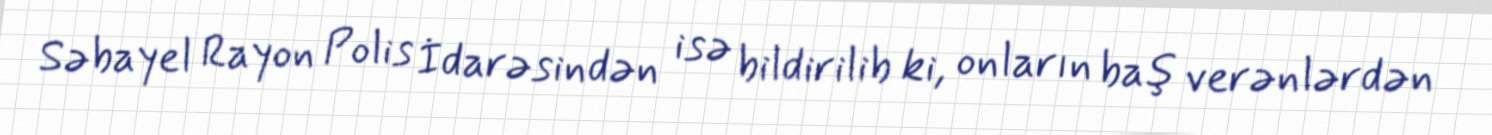
Səbayel Rayon Polis İdarəsindən isə bildirilib ki, onların baş verənlərdən